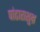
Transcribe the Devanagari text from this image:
पांढाराशुभ्र